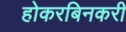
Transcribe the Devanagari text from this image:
होकरबिनकरी